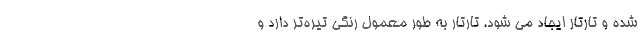
شده و تارتار ایجاد می شود. تارتار به طور معمول رنگی تیره‌تر دارد و